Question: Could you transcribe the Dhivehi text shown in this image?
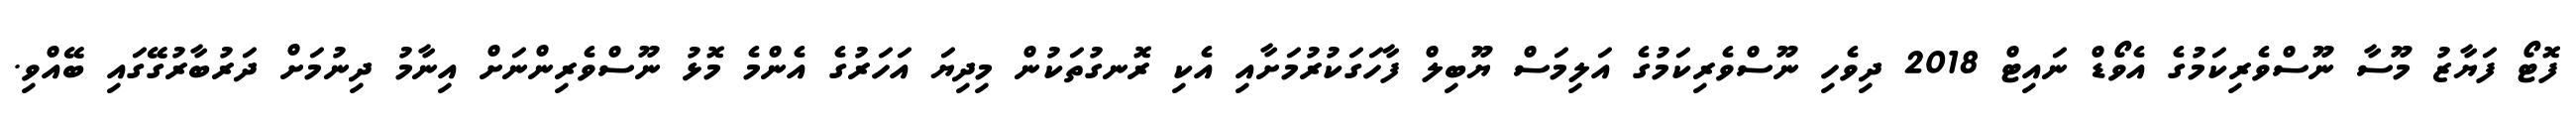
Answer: ފޮޓޯ ފަޔާޒު މޫސާ ނޫސްވެރިކަމުގެ އެވޯޑް ނައިޓް 2018 ދިވެހި ނޫސްވެރިކަމުގެ އަލިމަސް ޔޫބިލް ފާހަގަކުރުމަށާއި އެކި ރޮނގުތަކުން މިދިޔަ އަހަރުގެ އެންމެ މޮޅު ނޫސްވެރިންނަށް އިނާމު ދިނުމަށް ދަރުބާރުގޭގައި ބޭއްވި.